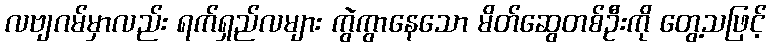
လဗျဂမ်မှာလည်း ရက်ရှည်လများ ကွဲကွာနေသော မိတ်ဆွေတစ်ဦးကို တွေ့သဖြင့်